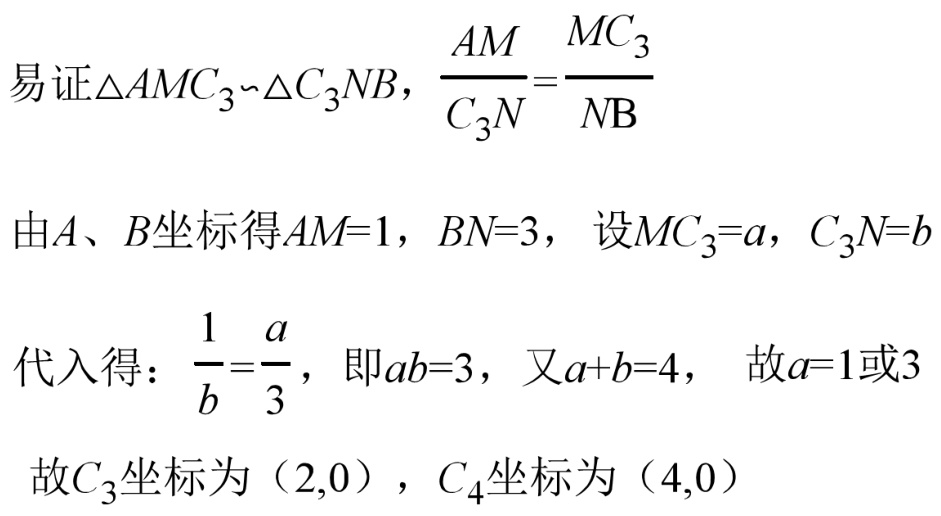
易证\(\triangle AMC_{3}\sim\triangle C_{3}NB\)，\(\frac{AM}{C_{3}N}=\frac{MC_{3}}{NB}\)
由\(A\)、\(B\)坐标得\(AM = 1\)，\(BN = 3\)， 设\(MC_{3}=a\)，\(C_{3}N=b\)
代入得：\(\frac{1}{b}=\frac{a}{3}\)， 即\(ab = 3\)， 又\(a + b = 4\)， 故\(a = 1\)或\(3\)
故\(C_{3}\)坐标为\((2,0)\)，\(C_{4}\)坐标为\((4,0)\)